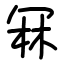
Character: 冧